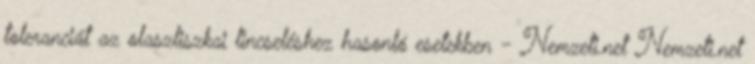
toleranciát az olaszliszkai lincseléshez hasonló esetekben - Nemzeti.net Nemzeti.net